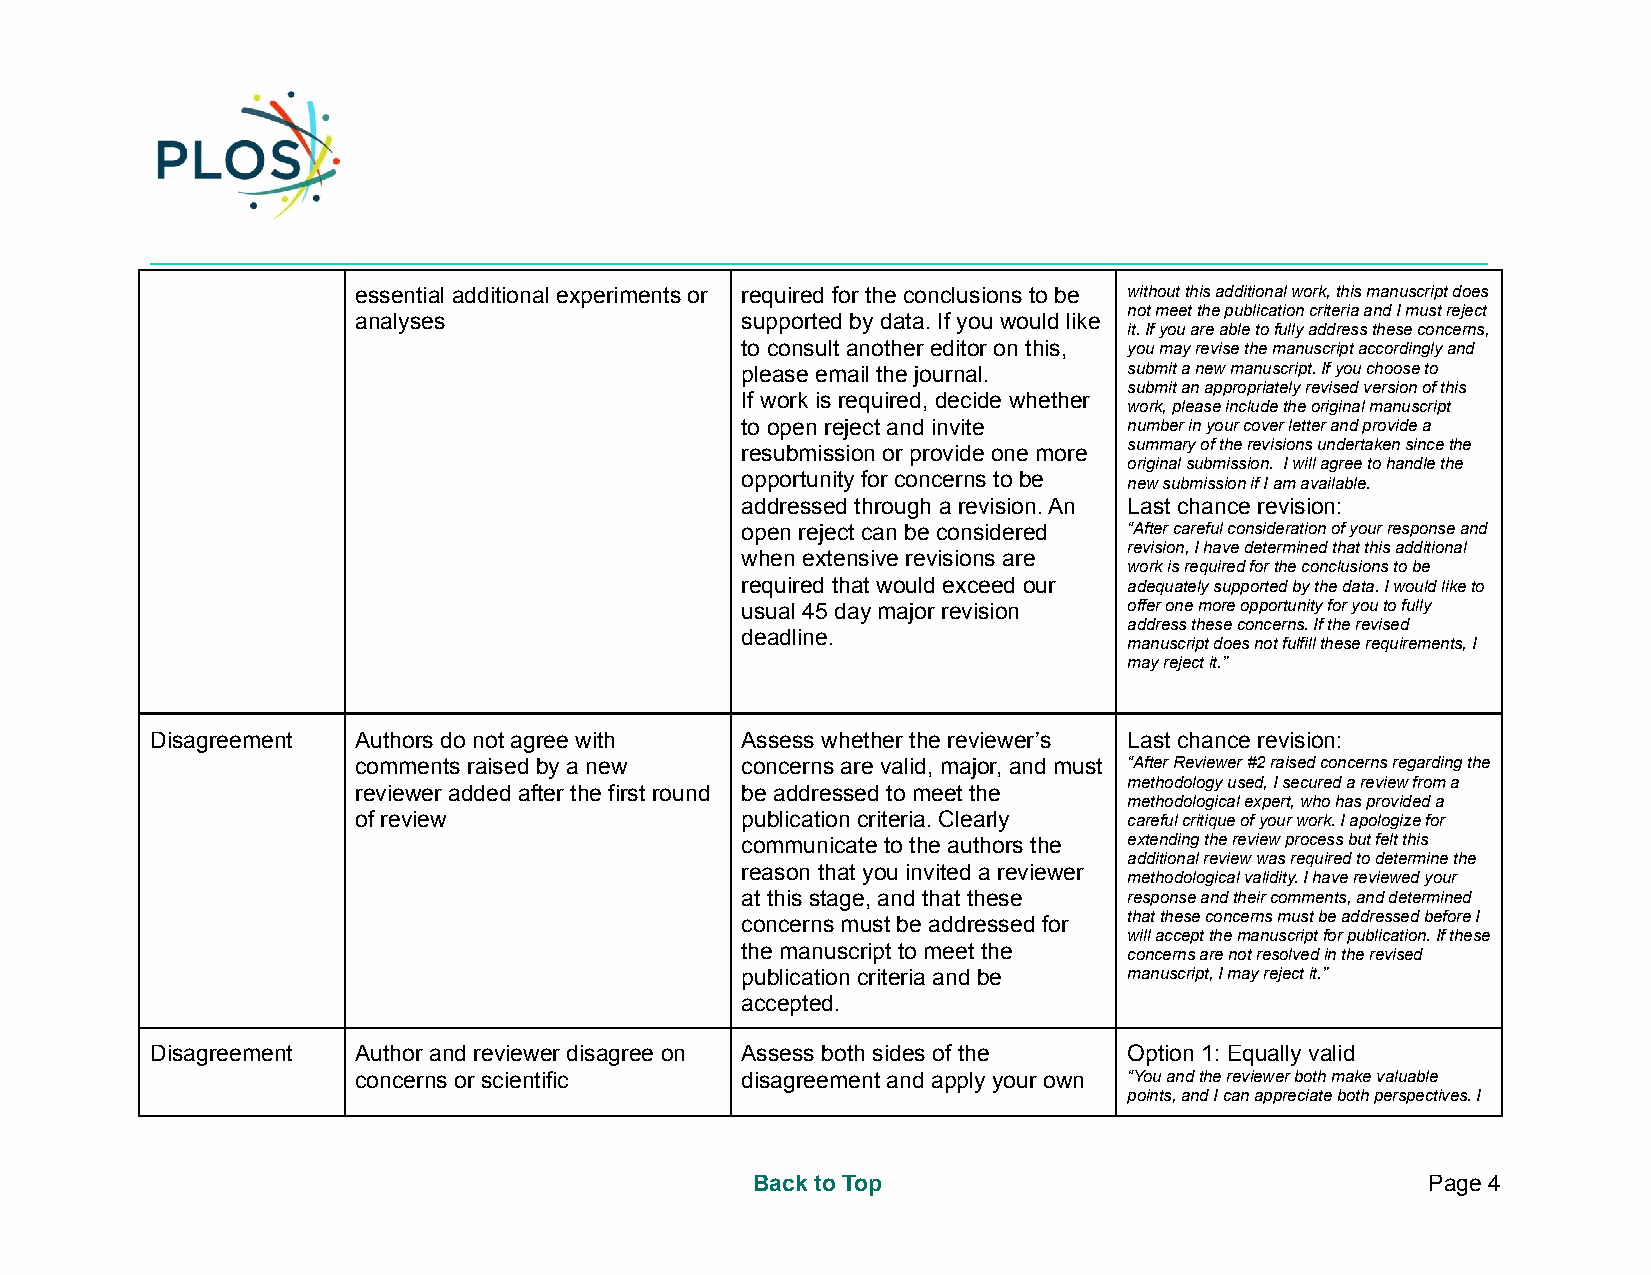
_________________________________________________________________________________________________________
 essential additional experiments or required for the conclusions to be without this additional work, this manuscript does
 not meet the publication criteria and I must reject
 analyses                  supported by data. If you would like
 it. If you are able to fully address these concerns,
 to consult another editor on this, you may revise the manuscript accordingly and
 please email the journal. submit a new manuscript. If you choose to
 submit an appropriately revised version of this
 If work is required, decide whether
 work, please include the original manuscript
 to open reject and invite number in your cover letter and provide a
 resubmission or provide one more summary of the revisions undertaken since the
 original submission. I will agree to handle the
 opportunity for concerns to be
 new submission if I am available.
 addressed through a revision. An Last chance revision:
 open reject can be considered “After careful consideration of your response and
 revision, I have determined that this additional
 when extensive revisions are
 work is required for the conclusions to be
 required that would exceed our adequately supported by the data. I would like to
 usual 45 day major revision offer one more opportunity for you to fully
 address these concerns. If the revised
 deadline.
 manuscript does not fulfill these requirements, I
 may reject it.”
 Disagreement Authors do not agree with Assess whether the reviewer’s Last chance revision:
 comments raised by a new  concerns are valid, major, and must “After Reviewer #2 raised concerns regarding the
 methodology used, I secured a review from a
 reviewer added after the first round be addressed to meet the
 methodological expert, who has provided a
 of review                 publication criteria. Clearly careful critique of your work. I apologize for
 communicate to the authors the extending the review process but felt this
 additional review was required to determine the
 reason that you invited a reviewer
 methodological validity. I have reviewed your
 at this stage, and that these response and their comments, and determined
 concerns must be addressed for that these concerns must be addressed before I
 will accept the manuscript for publication. If these
 the manuscript to meet the concerns are not resolved in the revised
 publication criteria and be manuscript, I may reject it.”
 accepted.
 Disagreement Author and reviewer disagree on Assess both sides of the Option 1: Equally valid
 concerns or scientific    disagreement and apply your own “You and the reviewer both make valuable
 points, and I can appreciate both perspectives. I
 Back to Top                                  Page 4